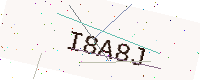
Text: I8A8J